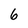
Character: 6